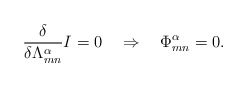
\begin{align*}\frac{\delta}{\delta \Lambda^{\alpha}_{mn}} I = 0\quad \Rightarrow \quad {\Phi}^{\alpha}_{mn} = 0.\end{align*}